Civil Veterinary Department Bihar & Orissa reports 1911-21 - 1911-1921
Year: 1911
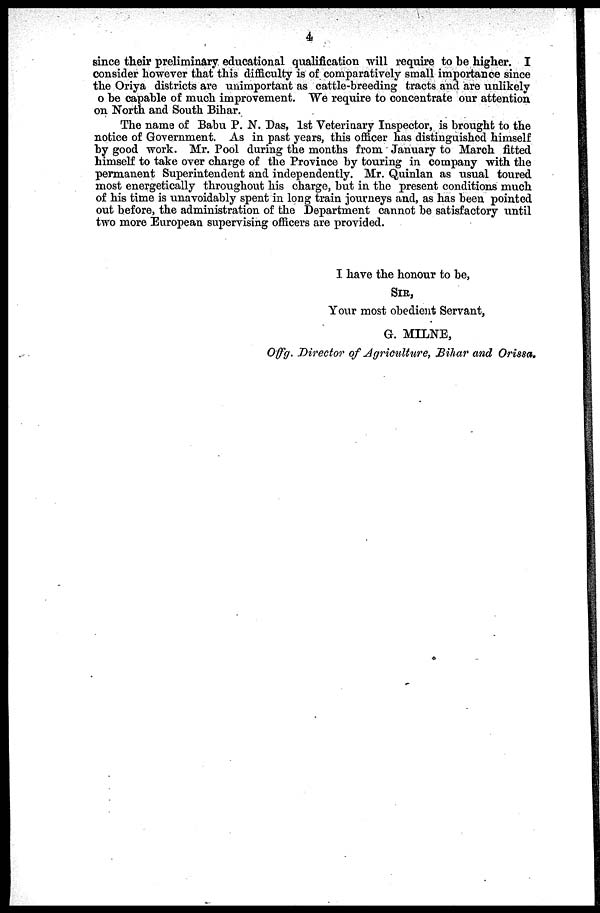
4
since their preliminary educational qualification will require to be higher. I
consider however that this difficulty is of comparatively small importance since
the Oriya districts are unimportant as cattle-breeding tracts and are unlikely
o be capable of much improvement. We require to concentrate our attention
on North and South Bihar.
The name of Babu P. N. Das, 1st Veterinary Inspector, is brought to the
notice of Government. As in past years, this officer has distinguished himself
by good work. Mr. Pool during the months from January to March fitted
himself to take over charge of the Province by touring in company with the
permanent Superintendent and independently. Mr. Quinlan as usual toured
most energetically throughout his charge, but in the present conditions much
of his time is unavoidably spent in long train journeys and, as has been pointed
out before, the administration of the Department cannot be satisfactory until
two more European supervising officers are provided.
I have the honour to be,
SIR,
Your most obedient Servant,
G. MILNE,
Offg. Director of Agriculture, Bihar and Orissa.